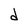
Character: d